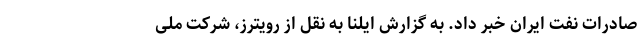
صادرات نفت ایران خبر داد. به گزارش ایلنا به نقل از رویترز، شرکت ملی